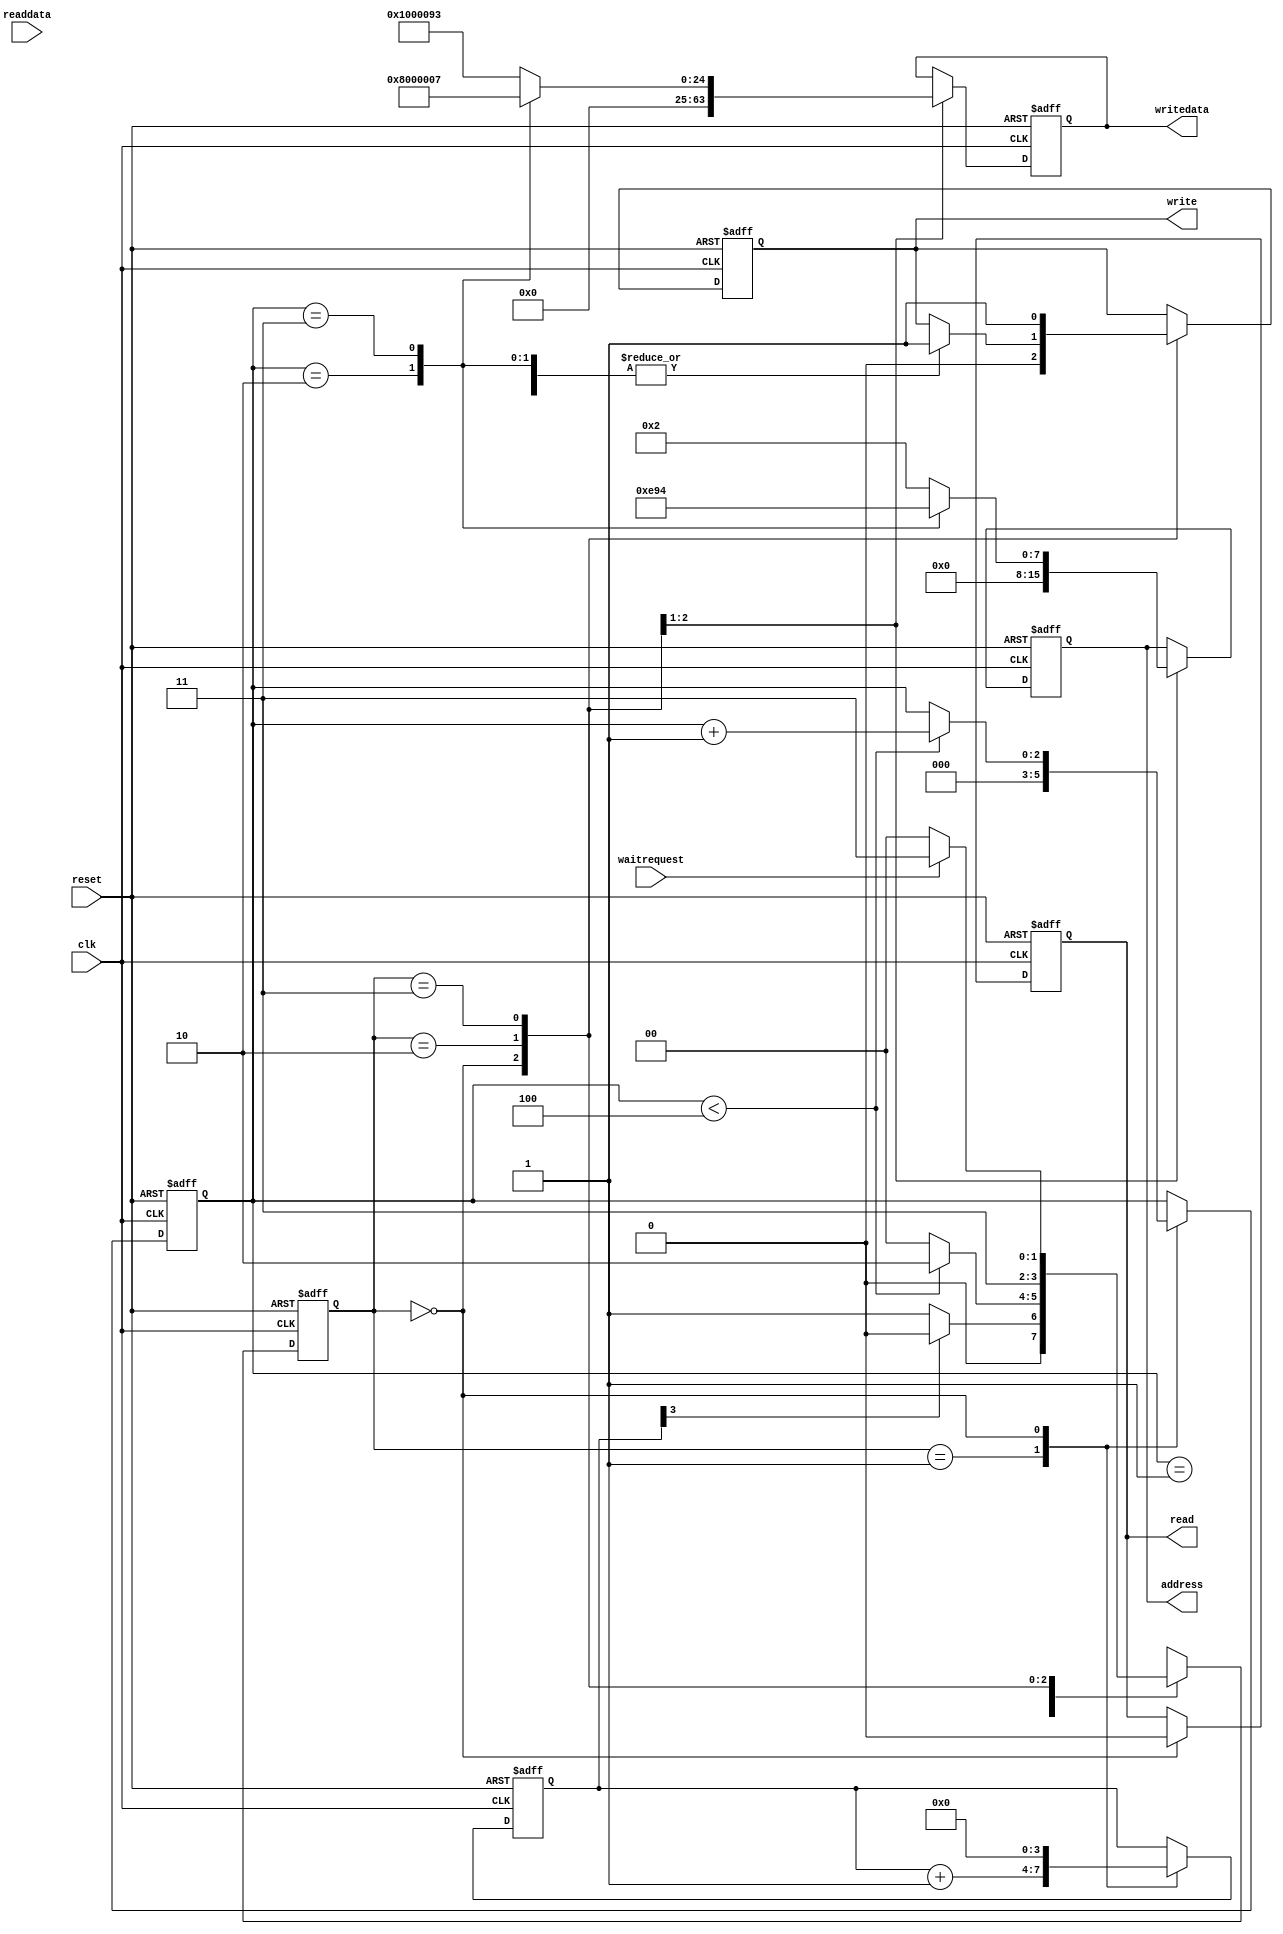
// This program was cloned from: https://github.com/FAST-Switch/fast
// License: Apache License 2.0

module MAC_REG_ACC(
input				clk,
input				reset,
input				waitrequest,
input		[31:0]	readdata,

output	reg	[7:0]	address,
output	reg			write,
output	reg			read,
output	reg	[31:0]	writedata);
reg			[2:0]		reg_count;
reg			[3:0]		count;
reg 		[1:0]		current_state;
parameter		idle_s	=	2'b00,
				wait_clk_s	=	2'b01,
				write_s	=	2'b10,	
				wait_s	=	2'b11;
always@(posedge clk or negedge reset)
if(!reset)	begin
	address		<=	8'b0;
	write		<=	1'b0;
	read		<=	1'b0;
	writedata	<=	32'b0;
	reg_count	<=	3'b0;
	count		<=	4'b0;
	
	current_state	<=	wait_clk_s;
	end 
	else	begin
		case(current_state)
			wait_clk_s:begin
				reg_count	<=	3'b0;
				count			<=count	+1'b1;
				if(count[3] == 1'b1)
					current_state	<=	idle_s;
					else
						current_state	<=	wait_clk_s;
				end
			idle_s:	begin
				address		<=	8'b0;
				write		<=	1'b0;
				read		<=	1'b0;
				writedata	<=	32'b0;
				count		<=	4'b0;
				if(reg_count	<	3'd4)begin
					reg_count	<=	reg_count	+	3'b1;
					current_state	<=	write_s;
					end
					else	begin						
						current_state	<=	idle_s;
						end
				end
			write_s:	begin
				
				current_state	<=	wait_s;
				case(reg_count)
					3'd1:	begin
						address		<=	8'h2;
						write	<=	1'b1;
						writedata	<=	32'h1000093;
						end
					3'd2:	begin
						address		<=	8'he;
						write	<=	1'b1;
						writedata	<=	32'h4;
						end
					3'd3:	begin
						address		<=	8'h94;
						write	<=	1'b1;
						writedata	<=	32'h7;
						end
					default:	begin
						address		<=	8'h2;
						writedata	<=	32'h1000093;	
						end
					endcase
				end
			wait_s:	begin
				write	<=	1'b1;
				if(waitrequest	==	1'b0)begin
					current_state	<=	idle_s;
					write	<=	1'b1;
					end
					else	begin
						current_state	<=	wait_s;
						end
				end
			endcase
		end 
		
		endmodule